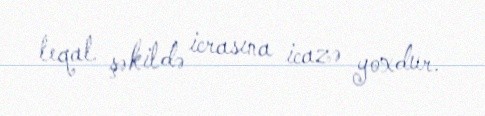
leqal şəkildə icrasına icazə yoxdur.